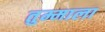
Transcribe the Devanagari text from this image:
तुम्माला